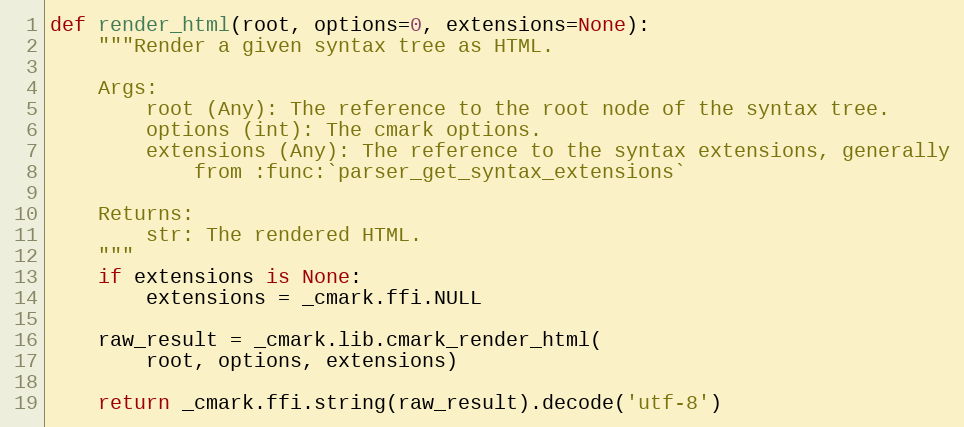
Language: Python
def render_html(root, options=0, extensions=None):
    """Render a given syntax tree as HTML.

    Args:
        root (Any): The reference to the root node of the syntax tree.
        options (int): The cmark options.
        extensions (Any): The reference to the syntax extensions, generally
            from :func:`parser_get_syntax_extensions`

    Returns:
        str: The rendered HTML.
    """
    if extensions is None:
        extensions = _cmark.ffi.NULL

    raw_result = _cmark.lib.cmark_render_html(
        root, options, extensions)

    return _cmark.ffi.string(raw_result).decode('utf-8')